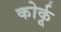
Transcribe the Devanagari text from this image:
कोर्कू